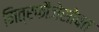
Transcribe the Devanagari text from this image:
मित्रफौजेसोबत